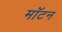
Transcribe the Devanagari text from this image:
मॉटन